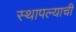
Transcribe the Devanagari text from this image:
स्थापल्याची